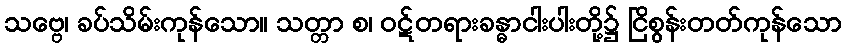
သဗ္ဗေ၊ ခပ်သိမ်းကုန်သော။ သတ္တာ စ၊ ဝဋ်တရားခန္ဓာငါးပါးတို့၌ ငြိစွန်းတတ်ကုန်သော